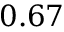
0 . 6 7